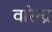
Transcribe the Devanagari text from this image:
वारेन्द्र